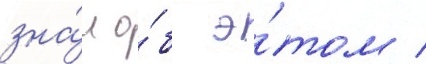
зна́л о́б э́том /